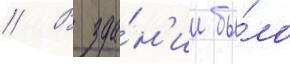
// В зда́н'ии бы́ло